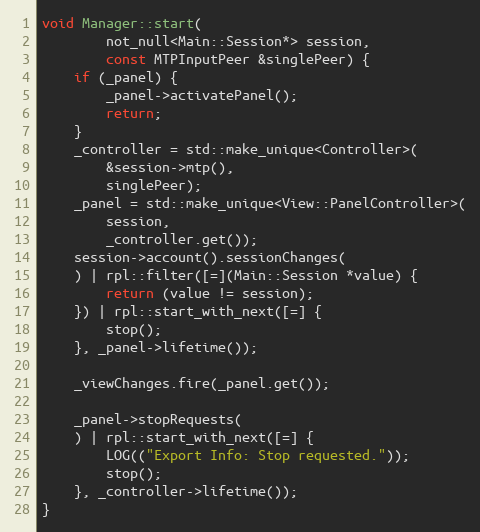
Language: C++
void Manager::start(
		not_null<Main::Session*> session,
		const MTPInputPeer &singlePeer) {
	if (_panel) {
		_panel->activatePanel();
		return;
	}
	_controller = std::make_unique<Controller>(
		&session->mtp(),
		singlePeer);
	_panel = std::make_unique<View::PanelController>(
		session,
		_controller.get());
	session->account().sessionChanges(
	) | rpl::filter([=](Main::Session *value) {
		return (value != session);
	}) | rpl::start_with_next([=] {
		stop();
	}, _panel->lifetime());

	_viewChanges.fire(_panel.get());

	_panel->stopRequests(
	) | rpl::start_with_next([=] {
		LOG(("Export Info: Stop requested."));
		stop();
	}, _controller->lifetime());
}